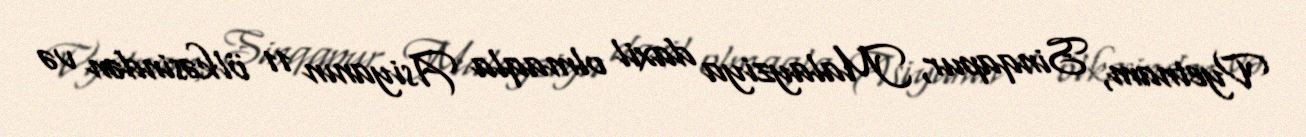
Vyetnam, Sinqapur, Malayziya daxil olmaqla Asiyanın 11 ölkəsindən və